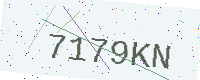
Text: 7179KN